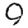
Digit: 9